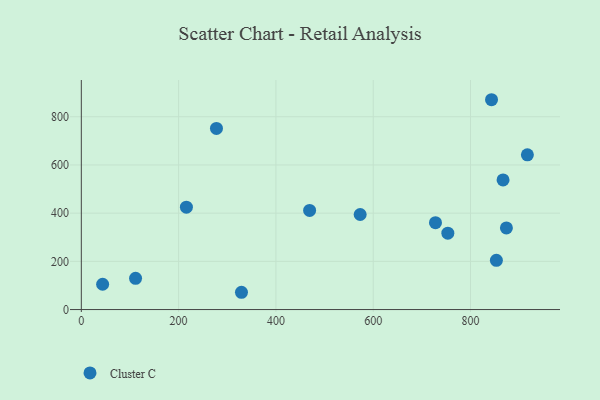
{"axis": {"x": "Distance", "y": "Salary"}, "legend": ["Cluster C"], "data": [{"x": "728.0", "y": 360.6, "type": "Cluster C"}, {"x": "866.9", "y": 538.0, "type": "Cluster C"}, {"x": "753.4", "y": 317.0, "type": "Cluster C"}, {"x": "111.5", "y": 129.4, "type": "Cluster C"}, {"x": "843.2", "y": 870.7, "type": "Cluster C"}, {"x": "873.8", "y": 338.7, "type": "Cluster C"}, {"x": "853.2", "y": 204.3, "type": "Cluster C"}, {"x": "216.0", "y": 425.0, "type": "Cluster C"}, {"x": "916.9", "y": 641.9, "type": "Cluster C"}, {"x": "277.8", "y": 751.8, "type": "Cluster C"}, {"x": "329.2", "y": 71.7, "type": "Cluster C"}, {"x": "469.3", "y": 411.4, "type": "Cluster C"}, {"x": "43.8", "y": 104.9, "type": "Cluster C"}, {"x": "573.2", "y": 394.4, "type": "Cluster C"}]}